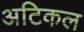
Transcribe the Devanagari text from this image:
अटिकल